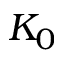
K _ { 0 }